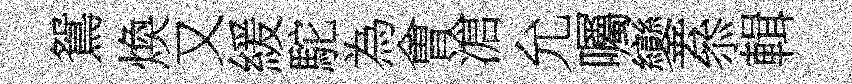
鴛煥又緩駝為㑹滄允囑鑾叅輯